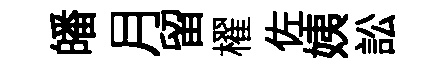
皤月留櫂佐姨訟